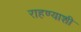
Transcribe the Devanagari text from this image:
राहण्याशी